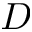
\boldsymbol { D }